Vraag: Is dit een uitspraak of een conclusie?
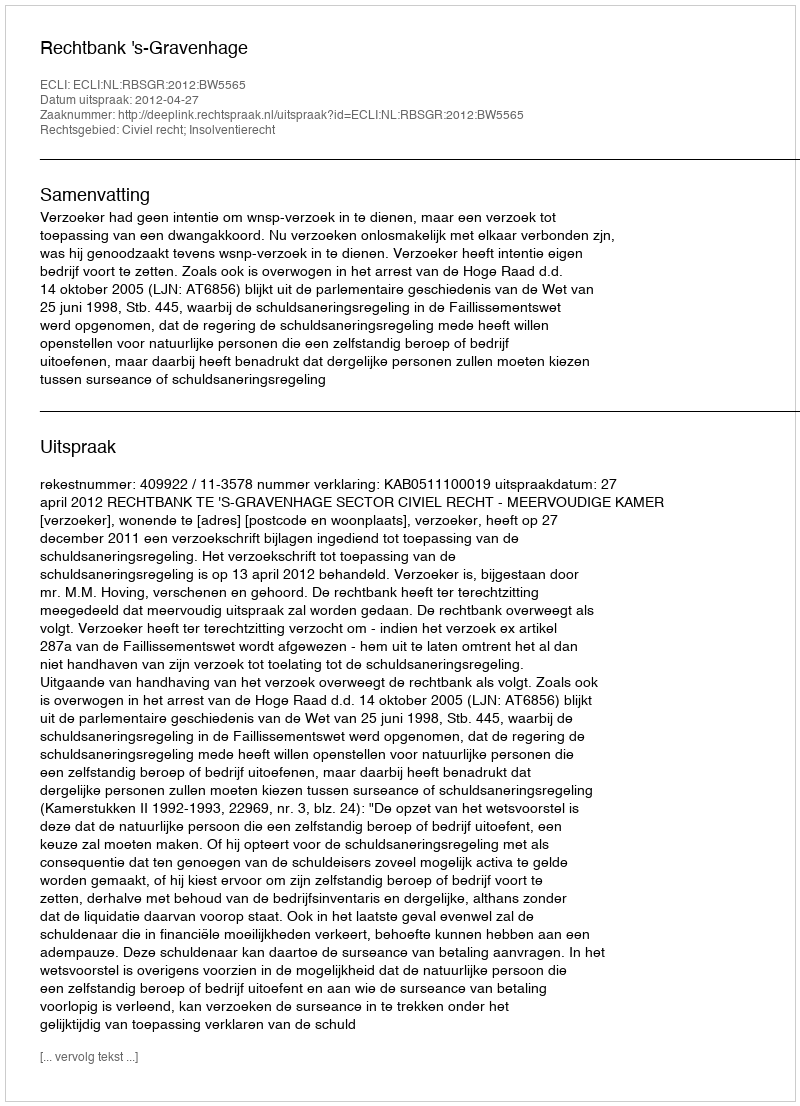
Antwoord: Uitspraak